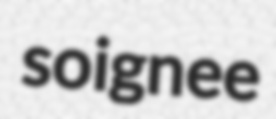
soignee